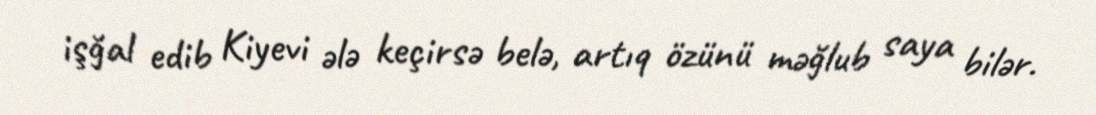
işğal edib Kiyevi ələ keçirsə belə, artıq özünü məğlub saya bilər.